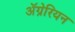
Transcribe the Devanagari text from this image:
ॲग्रेरियन